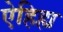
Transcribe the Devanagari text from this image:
ऐहिह्य